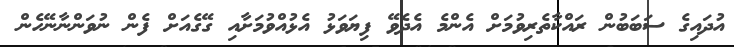
އުދައިގެ ސަބަބުން ރައްކާތެރިވުމަށް އެންމެ އެދެވޭ ފިޔަވަޅު އެޅުއްވުމަށާއި ގޭގެއަށް ފެން ނުވަންނާނޭހެން